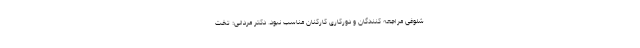
شلوغی مراجعه کنندگان و دورکاری کارکنان مناسب نبود. دکتر مردانی: تخت